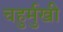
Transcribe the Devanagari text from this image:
चहुर्मुखी